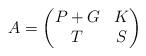
LaTeX: \begin{align*}A = \begin{pmatrix} P + G & K \\ T & S \end{pmatrix}\end{align*}